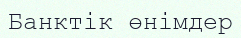
Банктік өнімдер